Annual administration report of the Civil Veterinary Department of India - 1899-1900
Year: 1899
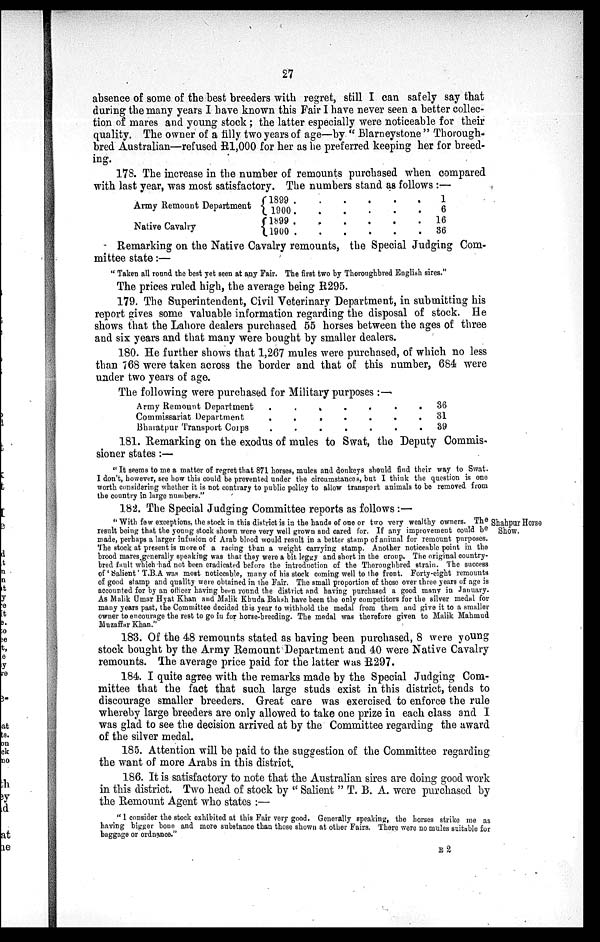
27
absence of some of the best breeders with regret, still I can safely say that
during the many years I have known this Fair I have never seen a better collec-
tion of mares and young stock; the latter especially were noticeable for their
quality. The owner of a filly two years of age—by "Blarneystone "Thorough-
bred Australian—refused R1,000 for her as he preferred keeping her for breed-
ing.
178. The increase in the number of remounts purchased when compared
with last year, was most satisfactory. The numbers stand as follows:—
Army Remount Department
Native Cavalry
1899 .
1900.
1899 .
1900 .
.
.
.
.
.
.
.
.
.
.
.
.
.
.
.
.
.
.
.
1
6
16
36
Remarking on the Native Cavalry remounts, the Special Judging Com-
mittee state:—
"Taken all round the best yet seen at any Fair. The first two by Thoroughbred English sires."
The prices ruled high, the average being R295.
179. The Superintendent, Civil Veterinary Department, in submitting his
report gives some valuable information regarding the disposal of stock. He
shows that the Lahore dealers purchased 55 horses between the ages of three
and six years and that many were bought by smaller dealers.
180. He further shows that 1,267 mules were purchased, of which no less
than 768 were taken across the border and that of this number, 684 were
under two years of age.
The following were purchased for Military purposes:—
Army Remount Department
.
Commissariat Department
.
Bharatpur Transport Corps
.
.
.
.
.
.
.
.
.
.
.
.
.
.
.
.
36
.
31
.
39
181. Remarking on the exodus of mules to Swat, the Deputy Commis-
sioner states:—
"It seems to me a matter of regret that 871 horses, mules and donkeys should find their way to Swat.
I don't, however, see how this could be prevented under the circumstances, but I think the question is one
worth considering whether it is not contrary to public policy to allow transport animals to be removed from
the country in large numbers."
182. The Special Judging Committee reports as follows:—
Shahpur Horse
Show.
"With few exceptions, the stock in this district is in the hands of one or two very wealthy owners. The
result being that the young stock shown were very well grown and cared for. If any improvement could be
made, perhaps a larger infusion of Arab blood would result in a better stamp of animal for remount purposes.
The stock at present is more of a racing than a weight carrying stamp. Another noticeable point in the
brood mares generally speaking was that they were a bit, leggy and short in the croup. The original country-
bred fault which had not been eradicated before the introduction of the Thoroughbred strain. The success
of 'Salient' T.B.A was most noticeable, many of his stock coming well to the front. Forty-eight remounts
of good stamp and quality were obtained in the Fair. The small proportion of those over three years of age is
accounted for by an officer having been round the district and having purchased a good many in January.
As Malik Umar Hyat Khan and Malik Khuda Baksh have been the only competitors for the silver medal for
many years past, the Committee decided this year to withhold the medal from them and give it to a smaller
owner to encourage the rest to go in for horse-breeding. The medal was therefore given to Malik Mahmud
Muzaffar Khan."
183. Of the 48 remounts stated as having been purchased, 8 were young
stock bought by the Army Remount Department and 40 were Native Cavalry
remounts. The average price paid for the latter was R297.
184. I quite agree with the remarks made by the Special Judging Com-
mittee that the fact that such large studs exist in this district, tends to
discourage smaller breeders. Great care was exercised to enforce the rule
whereby large breeders are only allowed to take one prize in each class and I
was glad to see the decision arrived at by the Committee regarding the award
of the silver medal.
185. Attention will be paid to the suggestion of the Committee regarding
the want of more Arabs in this district.
186. It is satisfactory to note that the Australian sires are doing good work
in this district. Two head of stock by "Salient" T. B. A. were purchased by
the Remount Agent who states:—
"I consider the stock exhibited at this Fair very good. Generally speaking, the horses strike me as
having bigger bone and more substance than those shown at other Fairs. There were no mules suitable for
baggage or ordnance."
E 2